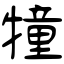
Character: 犝